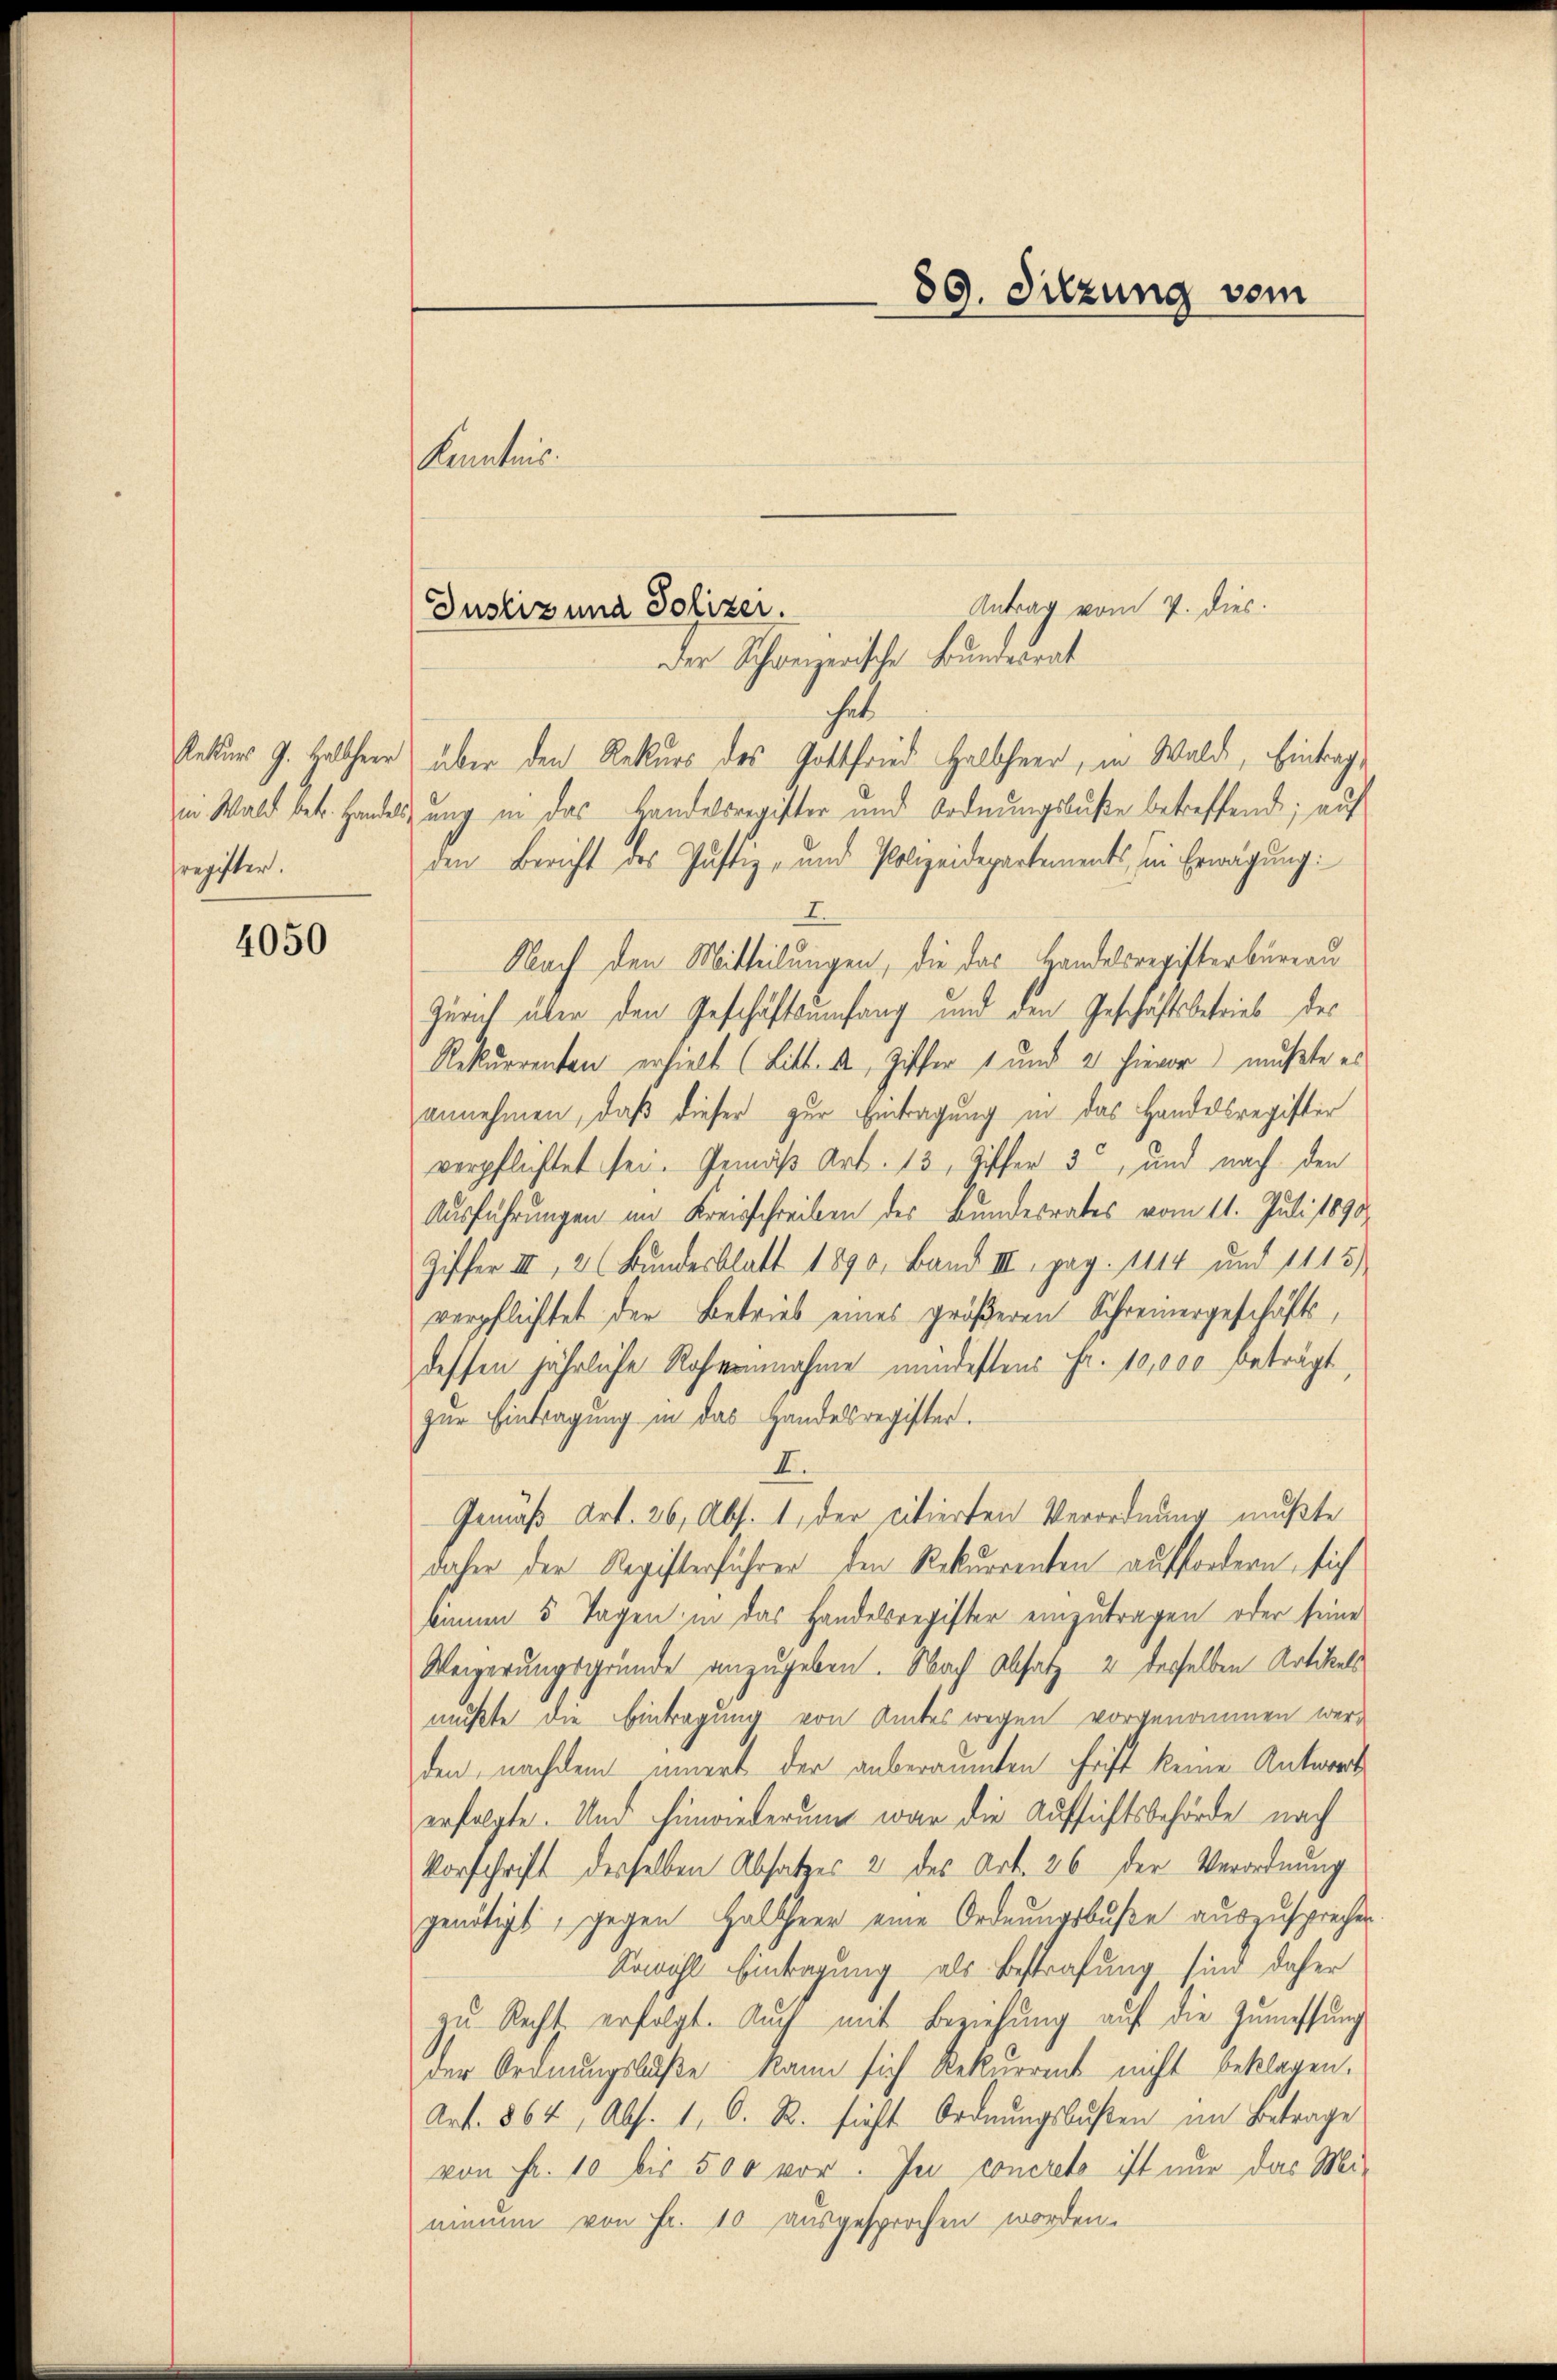
Rekurs J. Halbheer
i. Wald betr. Handels,
register.

4050

Kenntnis.

über den Rekurs des Gottfried Halbheer, in Walde, Eintrag
ung in das Handelsregister und Ordnungsbuße betreffende; auf
den Bericht des Justiz- und Polizeidepartements, in Erwägung:
Nach den Mitteilungen, die das Handelsregisterbüreau
Zürich über den Geschäftsumfang und den Geschäftsbetrieb des
Rekurrenten erhielt (Litt. d, Ziffer 1 und 2 hievor mußte es
annehmen, daß dieser zur Eintragung in das Handesregister
verpflichtet sei. Gemäß Art. 13, Ziffer 3, und nach den
Ausführungen im Kreisschreiben des Bundesrates vom 11. Juli 1890
Ziffer III, 2 (Bundesblatt 1890, Band III. pag. 1114 und 1115)
verpflichtet der Betrieb eines größeren Schreinergeschäftsdessen jährliche Rohmannahme mindestens Fr. 10,000 beträgt,
zur Eintragung in das Handelsregister.
K.
Gemäß Art. 26, Abs. 1, der citierten Verordnung mußte
daher der Registerführer den Rekurrenten auffordern, sich
kamen 5 Tagen, in das Handelsregister einzutragen oder seine
Weigerungsgründe anzugeben. Nach Absatz 2 desselben Artikels
mußte die Eintragung von Amtes wegen vorgenommen werden, nachdem innert der anberaumten Frist keine Antwort
erfolgte. Und hinwiederum war die Aufsichtsbehörde nach
Vorschrift desselben Absatzes 2 des Art. 26 der Verordnung
genötigt, gegen Halbheer eine Ordnungsbuße auszusprechen.
Sowohl Eintragung als Bestrafung sind daher
zŭ Recht erfolgt. Auch mit Beziehŭng auf die Zŭmessung
der Ordnungslaße kann sich Rekurrent nicht beklagen.
Art. 864, Abs. 1, C. R. sieht Ordnungsbußen im Betrage
von Fr. 10 bis 500 vor. In concreto ist nur das Mi-
ainum von Fr. 10 ausgesprochen worden.

Antrag vom 7. dies.
Justiz und Polizer.
Der Schweizerische Bundesrat

89. Sitzung vom